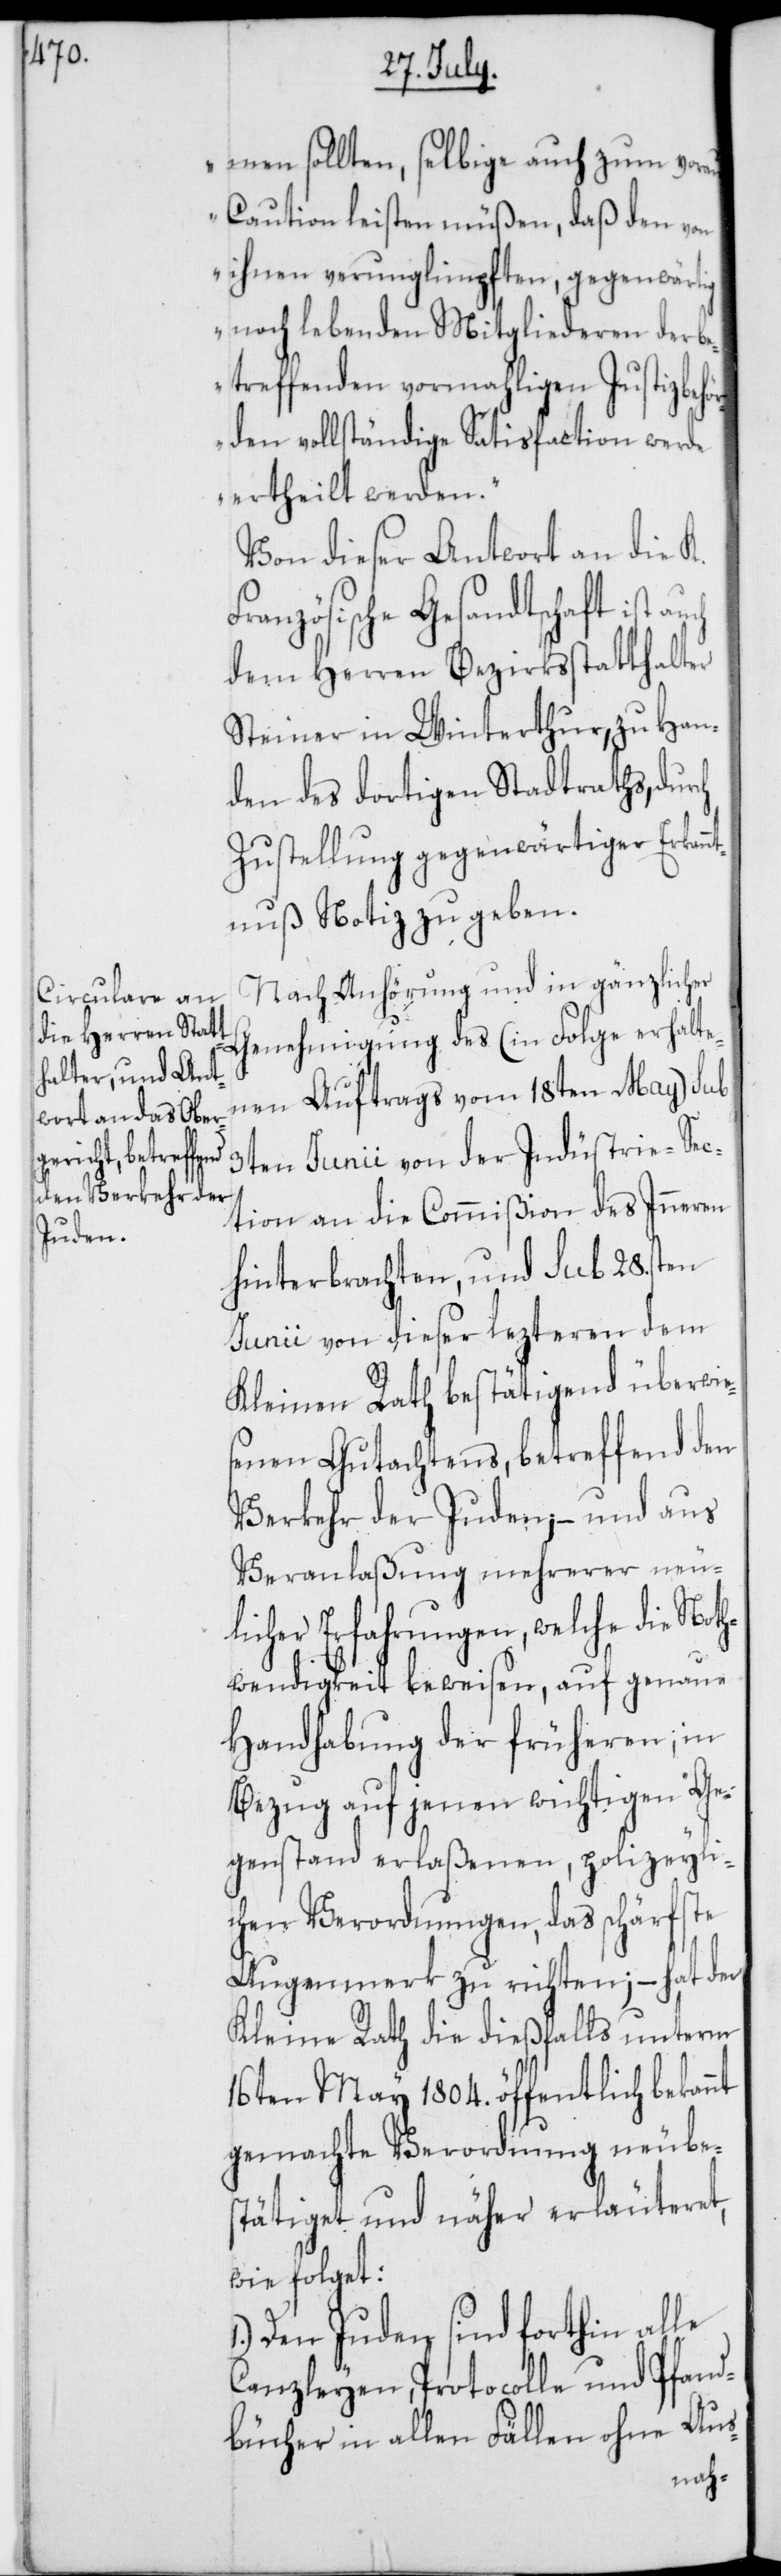
men sollten, selbige auch zum vora¬
us Caution leisten müßen, daß den von
ihnen verunglimpften, gegenwärtig
noch lebenden Mitgliederen der b¬
etreffenden vormahligen Justizbehö¬
rden vollständige Satisfaction werde
ertheilt werden.“
Von dieser Antwort an die K.
ranzösische Gesandtschaft ist
dem Herren Bezirksstatthalter
Steiner in Winterthur, zu Han¬
den des dortigen Stadtraths, durch
Zustellung gegenwärtiger Erkan¬
ntnuß Notiz zu geben.
Nach Anhörung und in gänzlicher
Genehmigung des (in Folge erhalte¬
nen Auftrags vom 18ten May) sub
3ten Junii von der Industrie-Sec¬
tion an die Commißion des Inneren
hinterbrachten, und sub 28.sten
Junii von dieser lezteren dem
Kleinen Rath bestätigend überwie¬
senen Gutachtens, betreffend den
Verkehr der Juden; – und aus
Veranlaßung mehrerer neu¬
licher Erfahrungen, welche die Not¬
hwendigkeit beweisen, auf genaue
Handhabung der früheren; in
Bezug auf jenen wichtigen Ge¬
genstand erlaßenen, polizeyli¬
chen Verordnungen, das schärfste
Augenmerk zu richten, – hat der
Kleine Rath die dießfalls unterm
16ten May 1804. öffentlich bekannt
gemachte Verordnung neubes¬
tätiget und näher erläuteret,
wie folget:
Den Juden sind forthin alle
Canzleyen, Protocolle und Pfand¬
bücher in allen Fällen ohne Aus-
F¬